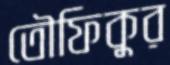
তৌফিকুর